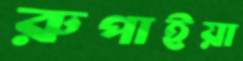
রুপাইয়া